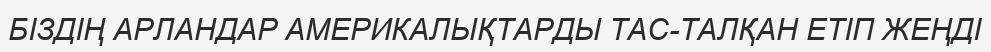
БІЗДІҢ АРЛАНДАР АМЕРИКАЛЫҚТАРДЫ ТАС-ТАЛҚАН ЕТІП ЖЕҢДІ